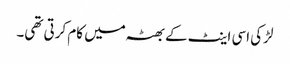
لڑکی اسی اینٹ کے بھٹہ میں کام کرتی تھی۔